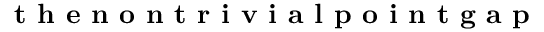
\textbf { t h e n o n t r i v i a l p o i n t g a p }